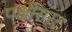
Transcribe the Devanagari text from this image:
पक्षीसरट